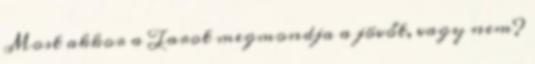
Most akkor a Tarot megmondja a jövőt, vagy nem?